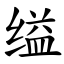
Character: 缢